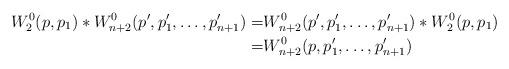
LaTeX: \begin{align*}W^0_2(p,p_1)\ast W^0_{n+2}(p',p'_1,\dots,p'_{n+1})=&W^0_{n+2}(p',p'_1,\dots,p'_{n+1})\ast W^0_2(p,p_1)\\=& W^0_{n+2}(p,p'_1,\dots,p'_{n+1})\end{align*}